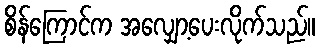
စိန်ကြောင်က အလျှော့ပေးလိုက်သည်။